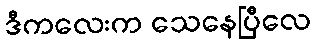
ဒီကလေးက သေနေပြီလေ